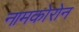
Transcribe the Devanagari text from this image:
नामकोरोन